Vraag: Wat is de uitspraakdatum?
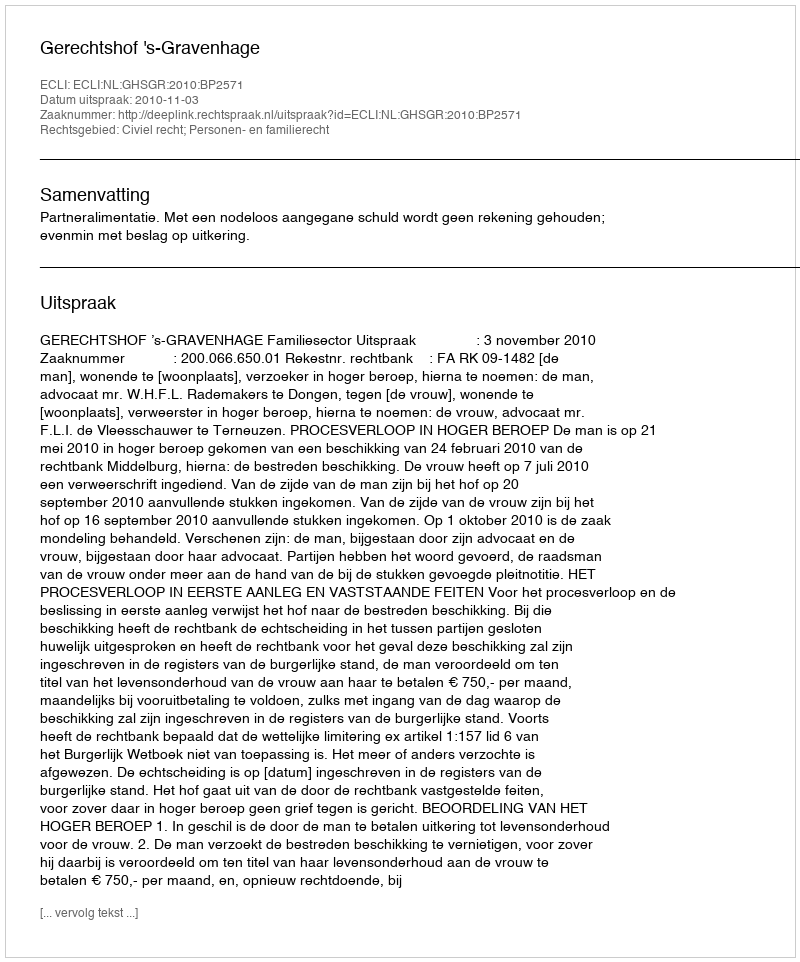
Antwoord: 2010-11-03